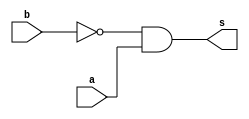
//TRUTH TABLE
 //Nome: Frederico Malaquias Caldeira
 // ---------------------


module f5a ( output s,
 input a,
 input b );
// definir dado local
 wire not_b;
// descrever por portas
 not NOT1 ( not_b, b );
 and AND1 ( s, not_b, a );
endmodule 

module f5b ( output s,
 input a,
 input b );
// descrever por expressao
 assign s = a | ~b;
endmodule // f5b
module test_f5;
// ------------------------- definir dados
 reg x;
 reg y;
 wire a, b;
 f5a moduloA ( a, x, y );
 f5b moduloB ( b, x, y );
// ------------------------- parte principal
 initial
 begin : main
 $display("Exemplo_0503 - FredericoMalaquias - 05/03/22");
 $display("Test module");
 $display(" x y a b");
 // projetar testes do modulo
 $monitor("%4b %4b %4b %4b", x, y, a, b);
 x = 1'b0; y = 1'b0;
 #1 x = 1'b0; y = 1'b1;
 #1 x = 1'b1; y = 1'b0;
 #1 x = 1'b1; y = 1'b1;
 end
endmodule 

/* previsao de testes 
Test module
 x y a b
   0    0    1    1    
   0    0    0    0
   1    1    1    1
   1    1    0    1
*/